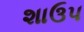
શાઉપ